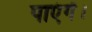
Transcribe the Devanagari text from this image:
पाएंगें।